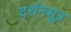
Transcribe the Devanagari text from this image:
दर्शनसूत्र